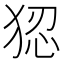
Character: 𭸑